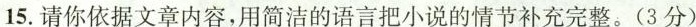
15.请你依据文章内容，用简洁的语言把小说的情节补充完整。(3分)